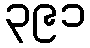
၃၉၁